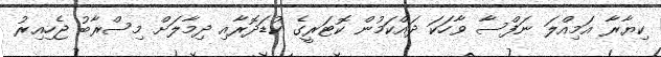
ކިޔާރާ އަމިއްލަ ނަފްސާ ވާހަކަ ދައްކަމުން ކޮޓަރީގެ ކުޑަދޮރާއި ދިމާލަށް މިސްރާބު ޖެހިއިރު